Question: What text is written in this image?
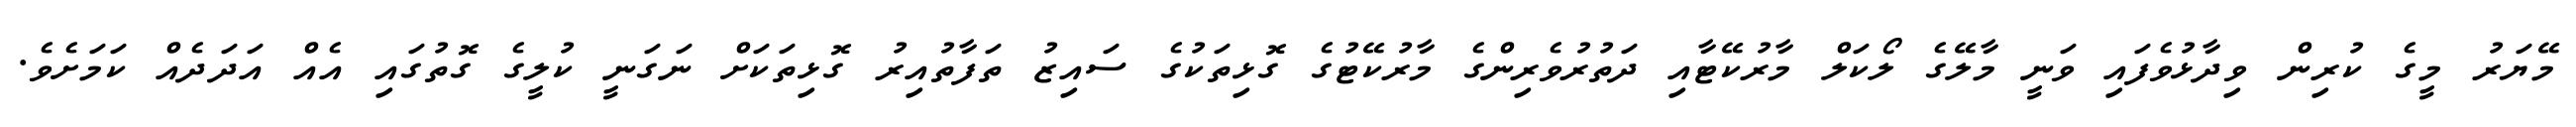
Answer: މޭޔަރު މީގެ ކުރިން ވިދާޅުވެފައި ވަނީ މާލޭގެ ލޯކަލް މާރުކޭޓާއި ދަތުރުވެރިންގެ މާރުކޭޓުގެ ގޮޅިތަކުގެ ސައިޒު ތަފާތުއިރު ގޮޅިތަކަށް ނަގަނީ ކުލީގެ ގޮތުގައި އެއް އަދަދެއް ކަމަށެވެ.